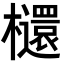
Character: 𣟳